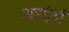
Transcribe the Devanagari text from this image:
अरांज़ी